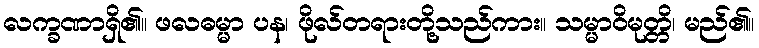
လက္ခဏာရှိ၏။ ဖလဓမ္မာ ပန၊ ဖိုလ်တရားတို့သည်ကား။ သမ္မာဝိမုတ္တိ၊ မည်၏။